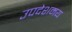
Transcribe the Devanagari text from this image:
उपदेशमय